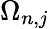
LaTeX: \Omega_{n,j}